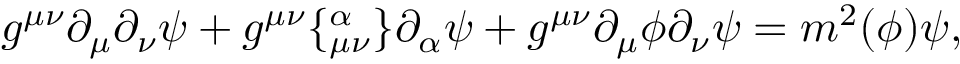
g ^ { \mu \nu } \partial _ { \mu } \partial _ { \nu } \psi + g ^ { \mu \nu } \lbrace _ { \mu \nu } ^ { \alpha } \rbrace \partial _ { \alpha } \psi + g ^ { \mu \nu } \partial _ { \mu } \phi \partial _ { \nu } \psi = m ^ { 2 } ( \phi ) \psi ,